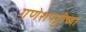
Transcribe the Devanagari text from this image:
गणेशपट्टीच्या